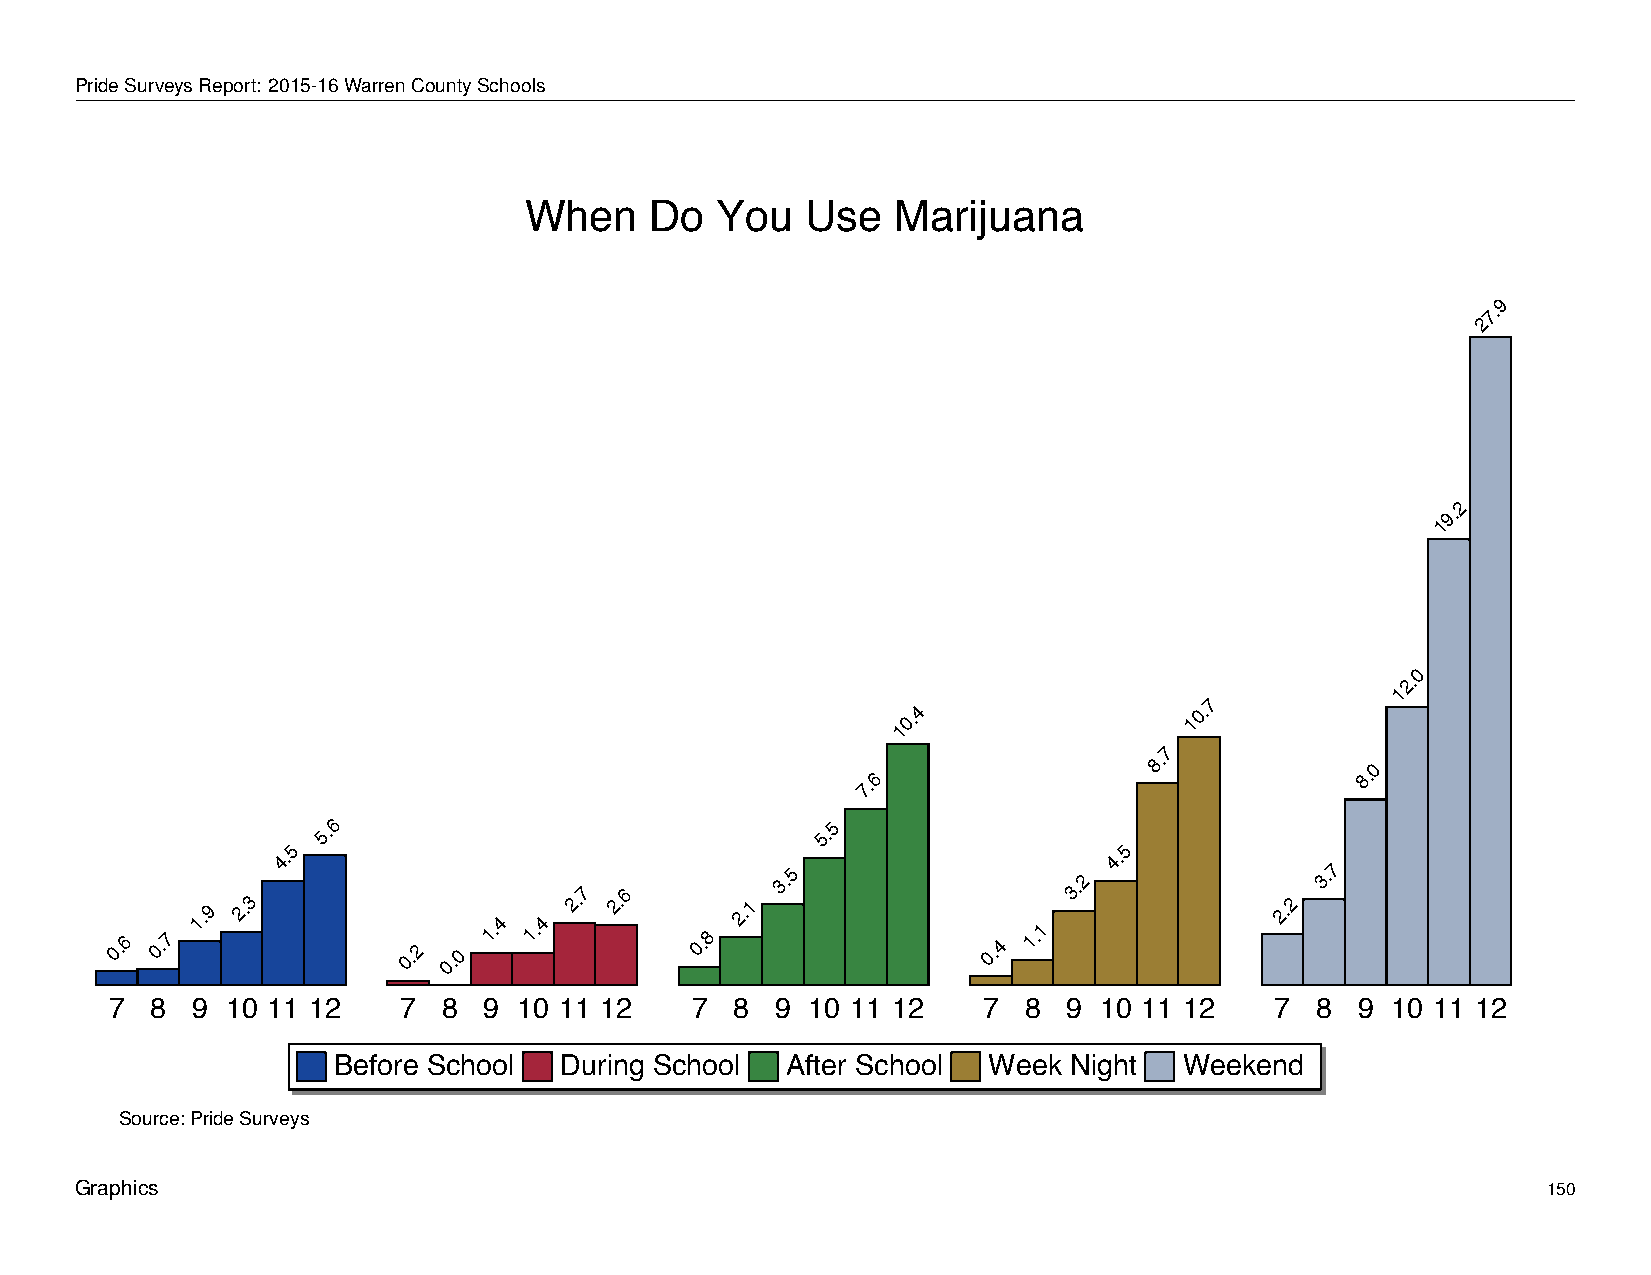
When         Do     You       Use      Marijuana
 PrideSurveysReport: 2015-16WarrenCountySchools
 When    Do  You   Use   Marijuana
 9
 7.
 2
 2
 9.
 1
 0
 2.
 1
 7
 0.4                10.
 1
 7
 7.6
 8.
 8.0
 5
 5.6                              5.5
 5
 4.                                                     4.
 0.6 0.7
 1.9 2.3
 0.2 0.0
 1.4 1.4
 2.7 2.6
 0.8
 2.1
 3.5
 0.4
 1.1
 3.2
 2.2
 3.7
 7  8  9 10 11 12   7  8  9 10 11 12    7  8 9 10 11 12    7  8  9 10 11 12   7  8  9 10 11 12
 Before School  During School  After School Week  Night  Weekend
 Source: Pride Surveys
 Graphics                                                                                         150